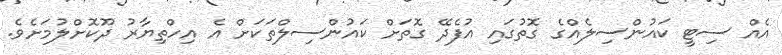
އެއް ސިޓީ ކައުންސިލެއްގެ ގޮތުގައި އުފެދޭ ގޮތަށް ކައުންސިލްތަކަށް އެ އިހްތިޔާރު ދޫކޮށްލުމަށެވެ.